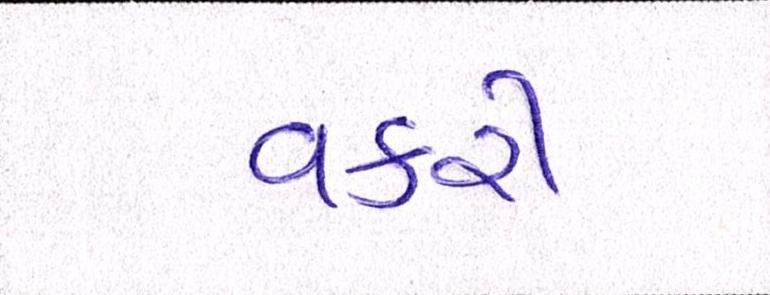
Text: વકરી